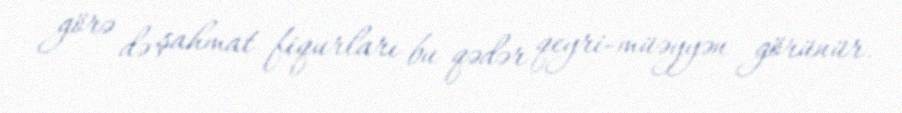
görə də şahmat fiqurları bu qədər qeyri-müəyyən görünür.